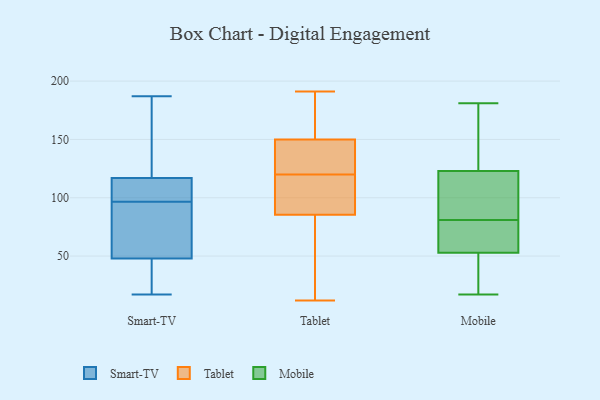
{"axis": {"x": "Gross Profit (USD K)", "y": "Value"}, "legend": ["Mobile", "Smart-TV", "Tablet"], "data": [{"x": "", "y": 95, "type": "Smart-TV"}, {"x": "", "y": 116, "type": "Smart-TV"}, {"x": "", "y": 117, "type": "Smart-TV"}, {"x": "", "y": 187, "type": "Smart-TV"}, {"x": "", "y": 168, "type": "Smart-TV"}, {"x": "", "y": 98, "type": "Smart-TV"}, {"x": "", "y": 38, "type": "Smart-TV"}, {"x": "", "y": 43, "type": "Smart-TV"}, {"x": "", "y": 107, "type": "Smart-TV"}, {"x": "", "y": 17, "type": "Smart-TV"}, {"x": "", "y": 171, "type": "Smart-TV"}, {"x": "", "y": 48, "type": "Smart-TV"}, {"x": "", "y": 61, "type": "Smart-TV"}, {"x": "", "y": 60, "type": "Smart-TV"}, {"x": "", "y": 36, "type": "Tablet"}, {"x": "", "y": 84, "type": "Tablet"}, {"x": "", "y": 172, "type": "Tablet"}, {"x": "", "y": 191, "type": "Tablet"}, {"x": "", "y": 92, "type": "Tablet"}, {"x": "", "y": 90, "type": "Tablet"}, {"x": "", "y": 147, "type": "Tablet"}, {"x": "", "y": 24, "type": "Tablet"}, {"x": "", "y": 167, "type": "Tablet"}, {"x": "", "y": 140, "type": "Tablet"}, {"x": "", "y": 12, "type": "Tablet"}, {"x": "", "y": 97, "type": "Tablet"}, {"x": "", "y": 151, "type": "Tablet"}, {"x": "", "y": 120, "type": "Tablet"}, {"x": "", "y": 131, "type": "Tablet"}, {"x": "", "y": 81, "type": "Mobile"}, {"x": "", "y": 38, "type": "Mobile"}, {"x": "", "y": 53, "type": "Mobile"}, {"x": "", "y": 60, "type": "Mobile"}, {"x": "", "y": 44, "type": "Mobile"}, {"x": "", "y": 177, "type": "Mobile"}, {"x": "", "y": 102, "type": "Mobile"}, {"x": "", "y": 85, "type": "Mobile"}, {"x": "", "y": 158, "type": "Mobile"}, {"x": "", "y": 68, "type": "Mobile"}, {"x": "", "y": 153, "type": "Mobile"}, {"x": "", "y": 181, "type": "Mobile"}, {"x": "", "y": 107, "type": "Mobile"}, {"x": "", "y": 17, "type": "Mobile"}, {"x": "", "y": 52, "type": "Mobile"}, {"x": "", "y": 113, "type": "Mobile"}, {"x": "", "y": 79, "type": "Mobile"}]}